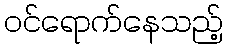
ဝင်ရောက်နေသည့်